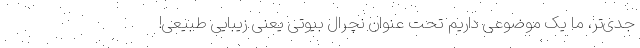
جدی‌تر، ما یک موضوعی داریم تحت عنوان نچرال بیوتی یعنی زیبایی طبیعی!